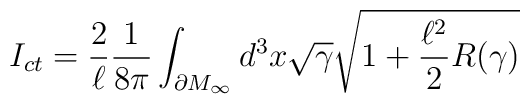
I_{ct} = \frac{2}{\ell}\frac{1}{8\pi} \int_{\partial M_\infty} d^{3}x\sqrt{\gamma}\sqrt{1 + \frac{\ell^2}{2} R(\gamma)}